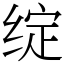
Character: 绽